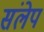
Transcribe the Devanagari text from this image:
संलेप